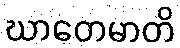
ဃာတေမာတိ